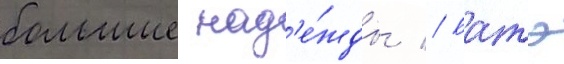
большие над'е́жды // Батэ